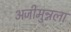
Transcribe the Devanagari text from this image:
अजीमुन्नला